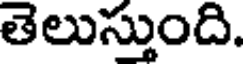
తెలుస్తుంది.